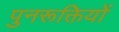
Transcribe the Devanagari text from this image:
पुनरूक्तियों